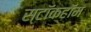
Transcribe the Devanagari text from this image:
स्टॉकहॉम